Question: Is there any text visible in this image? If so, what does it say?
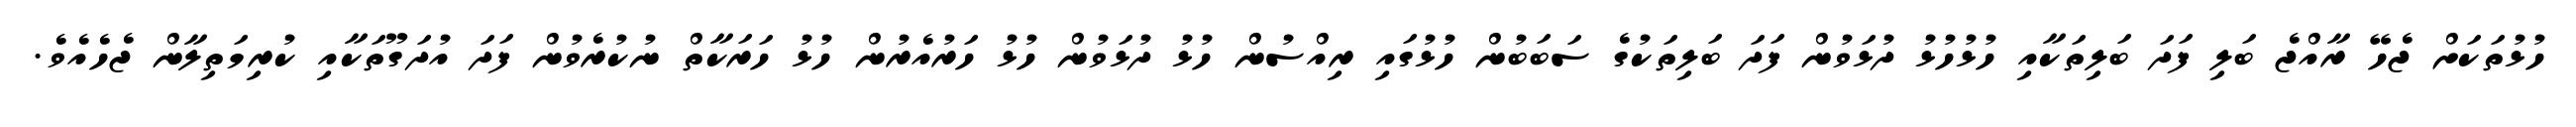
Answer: ހުޅުތަކަށް ޖެހޭ ރާއްޖެ ބަލި ފަދަ ބަލިތަކާއި ހުޅުހުޅު ދުޅަވުން ފަދަ ބަލިތަކުގެ ސަބަބުން ހުޅުގައި ރިއްސުން ހުޅު ދުޅަވުން ހުޅު ހަރުއެރުން ހުޅު ހަރަކާތް ނުކުރެވުން ފަދަ އުދަގޫތަކާއި ކުރިމަތިލާން ޖެހެއެވެ.